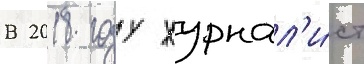
В 2018 году журнал'и́ст